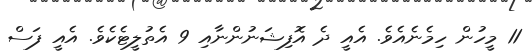
11 މީހުން ހިމެނެއެވެ. އެއީ ދެ އޮފިޝަނުންނާއި 9 އެތުލީޓެކެވެ. އެއީ ފަސް